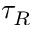
\tau _ { R }